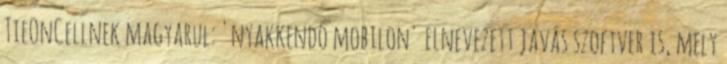
TieOnCellnek magyarul: 'nyakkendő mobilon' elnevezett javás szoftver is, mely